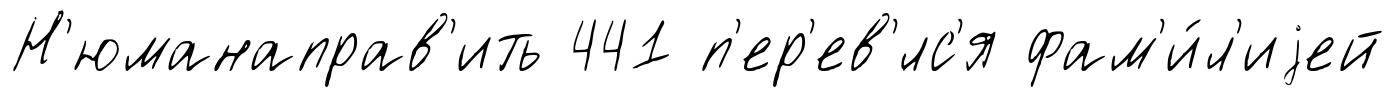
Н'юманаправ'ить 441 п'ер'ев'́лс'я фам'и́л'иjей